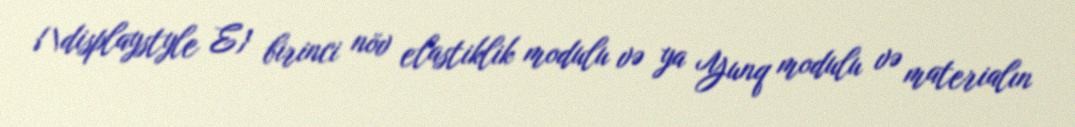
{\displaystyle E} birinci növ elastiklik modulu və ya Yunq modulu və materialın